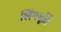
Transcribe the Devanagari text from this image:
लिंगमूर्ति